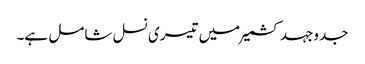
جدوجہد کشمیر میں تیسری نسل شامل ہے۔